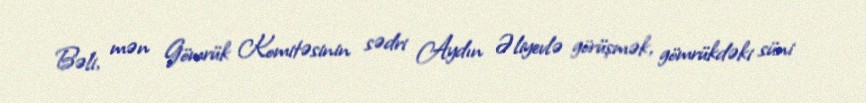
Bəli, mən Gömrük Komitəsinin sədri Aydın Əliyevlə görüşmək, gömrükdəki süni